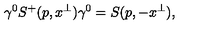
\gamma ^ { 0 } S ^ { + } ( p , x ^ { \perp } ) \gamma ^ { 0 } = S ( p , - x ^ { \perp } ) ,